Maemoisa_(Sinalepa)_vallavalitsus, lk 41
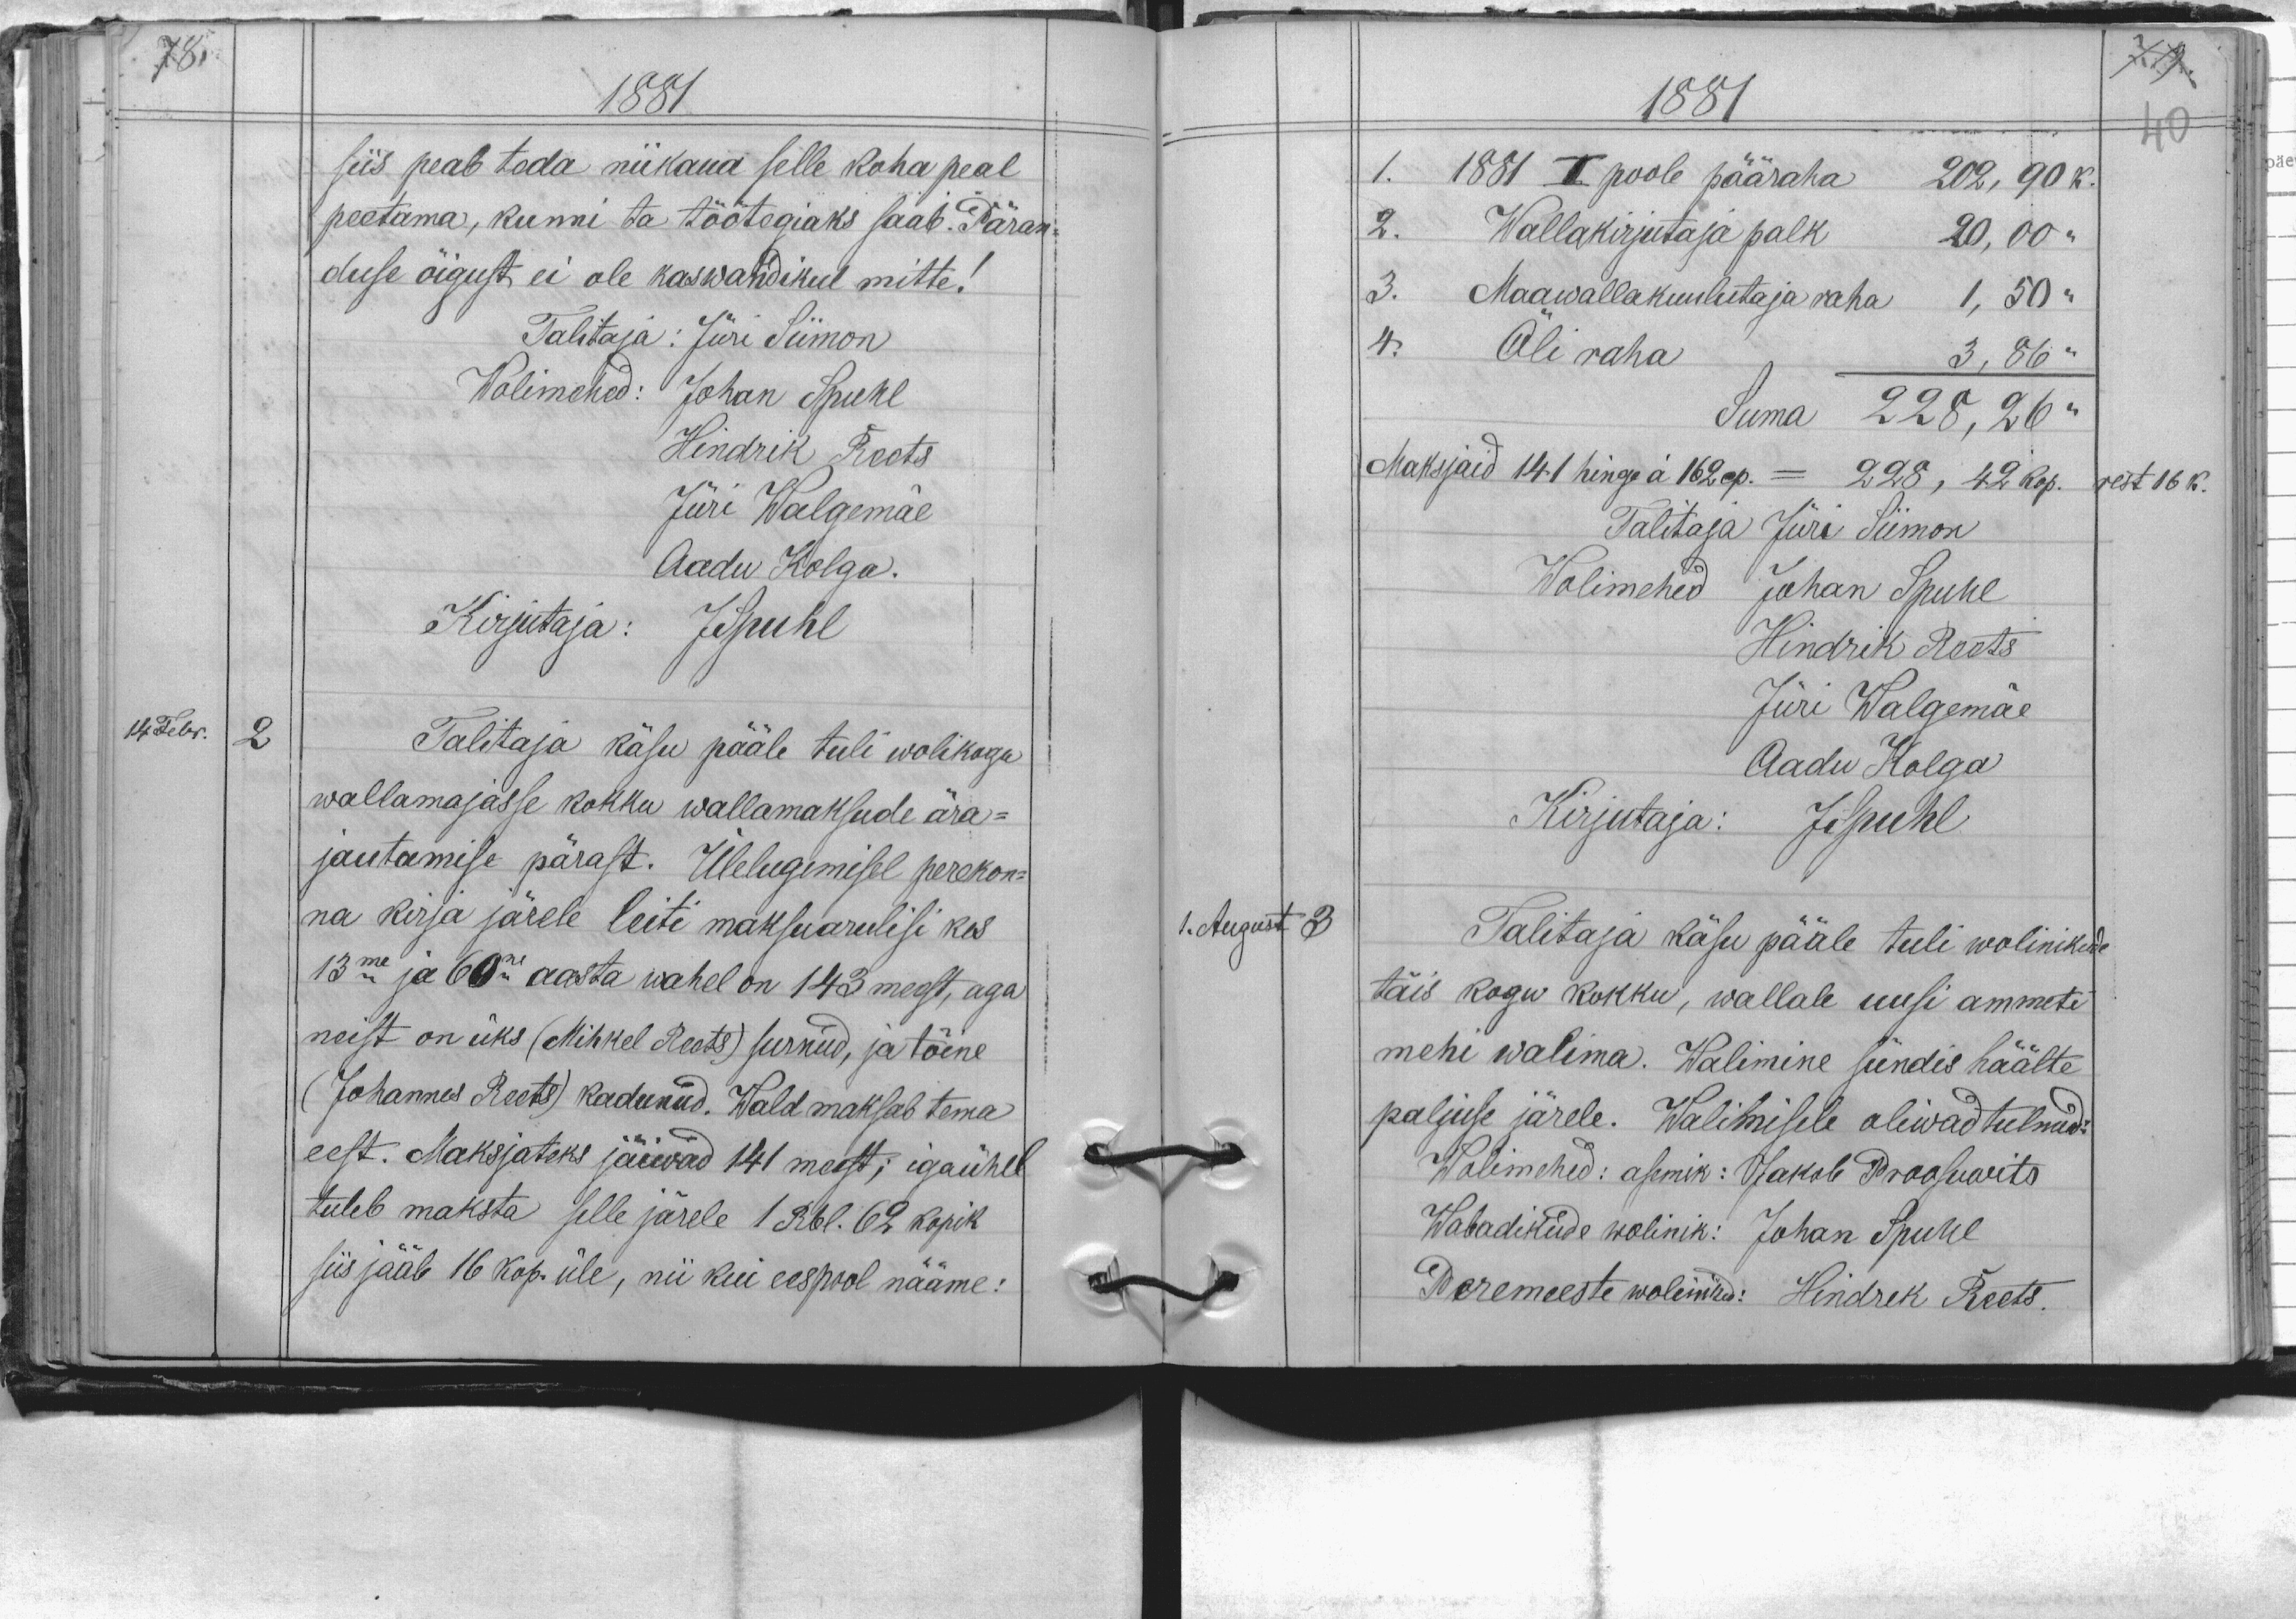
1881
siis peab teda niikaua selle koha peal
peetama, kunni ta töötegiaks saab. Päran-
duse õigust ei ole kaswandikul mitte!
Talitaja: Jüri Siimon
Wolimehed: Johan Spuhl
Hindrik Roots
Jüri Walgemäe
Aadu Kolga.
Kirjutaja: JSpuhl
14 Febr.
2.
Talitaja käsu pääle tuli wolikogu
wallamajasse kokku wallamaksude ära-
jautamise pärast. Ülelugemisel perekon-
na kirja järele leiti maksuarulisi kes
13ma ja 60ne aasta wahel on 143 meest, aga
neist on üks (Mihkel Reets) surnud, ja tõine
(Johannes Reets) kadunud. Wald maksab tema
eest. Maksjateks jäiwad 141 meest; igaühel
tuleb maksta selle järele 1 Rbl. 62 kopik
siis jääb 16 kop. üle, nii kui eespool nääme:

1881
1. 1881 I poole pääraha 202,90 k.
2. Wallakirjutaja palk 20,00 "
3. Maawallakuulutaja raha 1,50 "
4. Õliraha 3,86 "
Suma 228,26 "
Maksjaid 141 hinge a 162 cp. = 228,42 kop.
rest 16 k.
Talitaja Jüri Siimon
Wolimehed Johan Spuhl
Hindrik Roots
Jüri Walgemäe
Aadu Kolga
Kirjutaja: JSpuhl
1. August 3
Talitaja käsu pääle tuli wolinikude
täis kogu kokku, wallale uusi ammeti
mehi walima. Walimine sündis häälte
paljuse järele. Walimisele oliwad tulnud:
Wolimehed: asemik: Jakob Proosuwits
Wabadikude wolinik: Johan Spuhl
Peremeeste wolimehed: Hindrek Reets.